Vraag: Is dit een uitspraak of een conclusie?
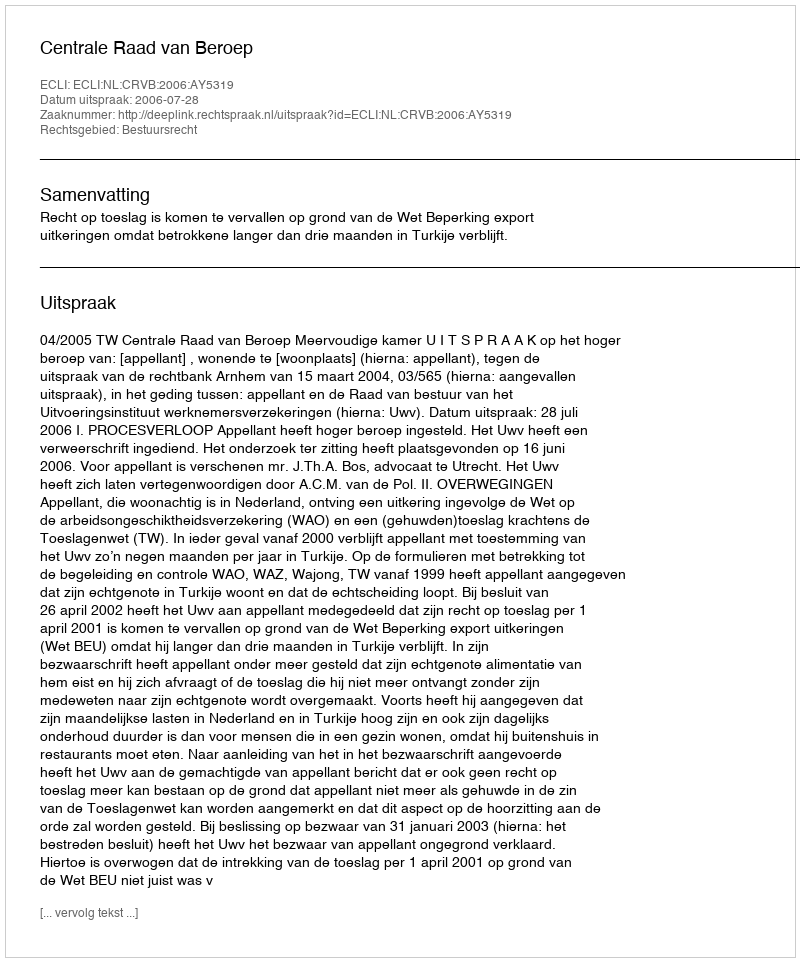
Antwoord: Uitspraak